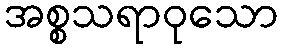
အစ္စသရာဝုသော